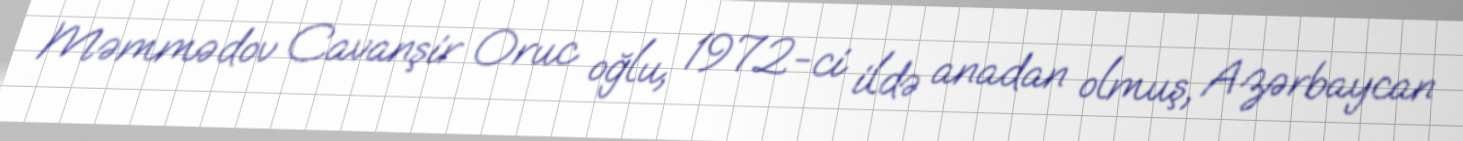
Məmmədov Cavanşir Oruc oğlu, 1972-ci ildə anadan olmuş, Azərbaycan